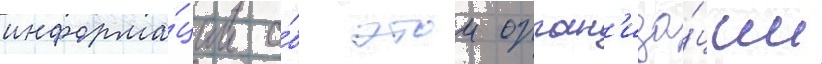
информа́ции о́б этои орган'иза́ции